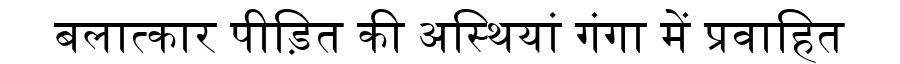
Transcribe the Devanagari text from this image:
बलात्कार पीड़ित की अस्थियां गंगा में प्रवाहित